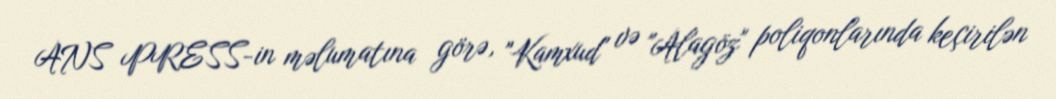
ANS PRESS-in məlumatına görə, "Kamxud" və "Alagöz" poliqonlarında keçirilən